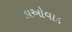
ડાઓવાદ